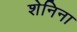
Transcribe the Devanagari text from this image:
शेनिना